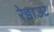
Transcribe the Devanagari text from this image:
रेडाउट